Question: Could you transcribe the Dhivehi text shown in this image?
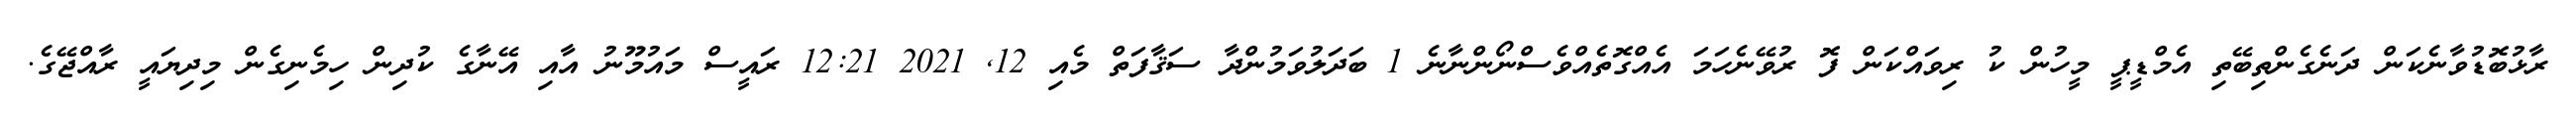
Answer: ރާޅުބޮޑުވާނެކަން ދަނެގެންތިބޭތި އެމްޑީޕީ މީހުން ކު ރިވައްކަން ފޮ ރުވޭނެހަމަ އެއްގޮތެއްވެސްނޯންނާނެ 1 ބަދަލުވަމުންދާ ސަޤާފަތް މެއި 12, 2021 12:21 ރައީސް މައުމޫނު އާއި އޭނާގެ ކުދިން ހިމެނިގެން މިދިޔައީ ރާއްޖޭގެ.